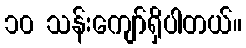
၁၀ သန်းကျော်ရှိပါတယ်။